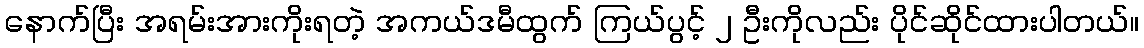
နောက်ပြီး အရမ်းအားကိုးရတဲ့ အကယ်ဒမီထွက် ကြယ်ပွင့် ၂ ဦးကိုလည်း ပိုင်ဆိုင်ထားပါတယ်။